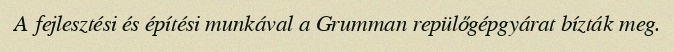
A fejlesztési és építési munkával a Grumman repülőgépgyárat bízták meg.